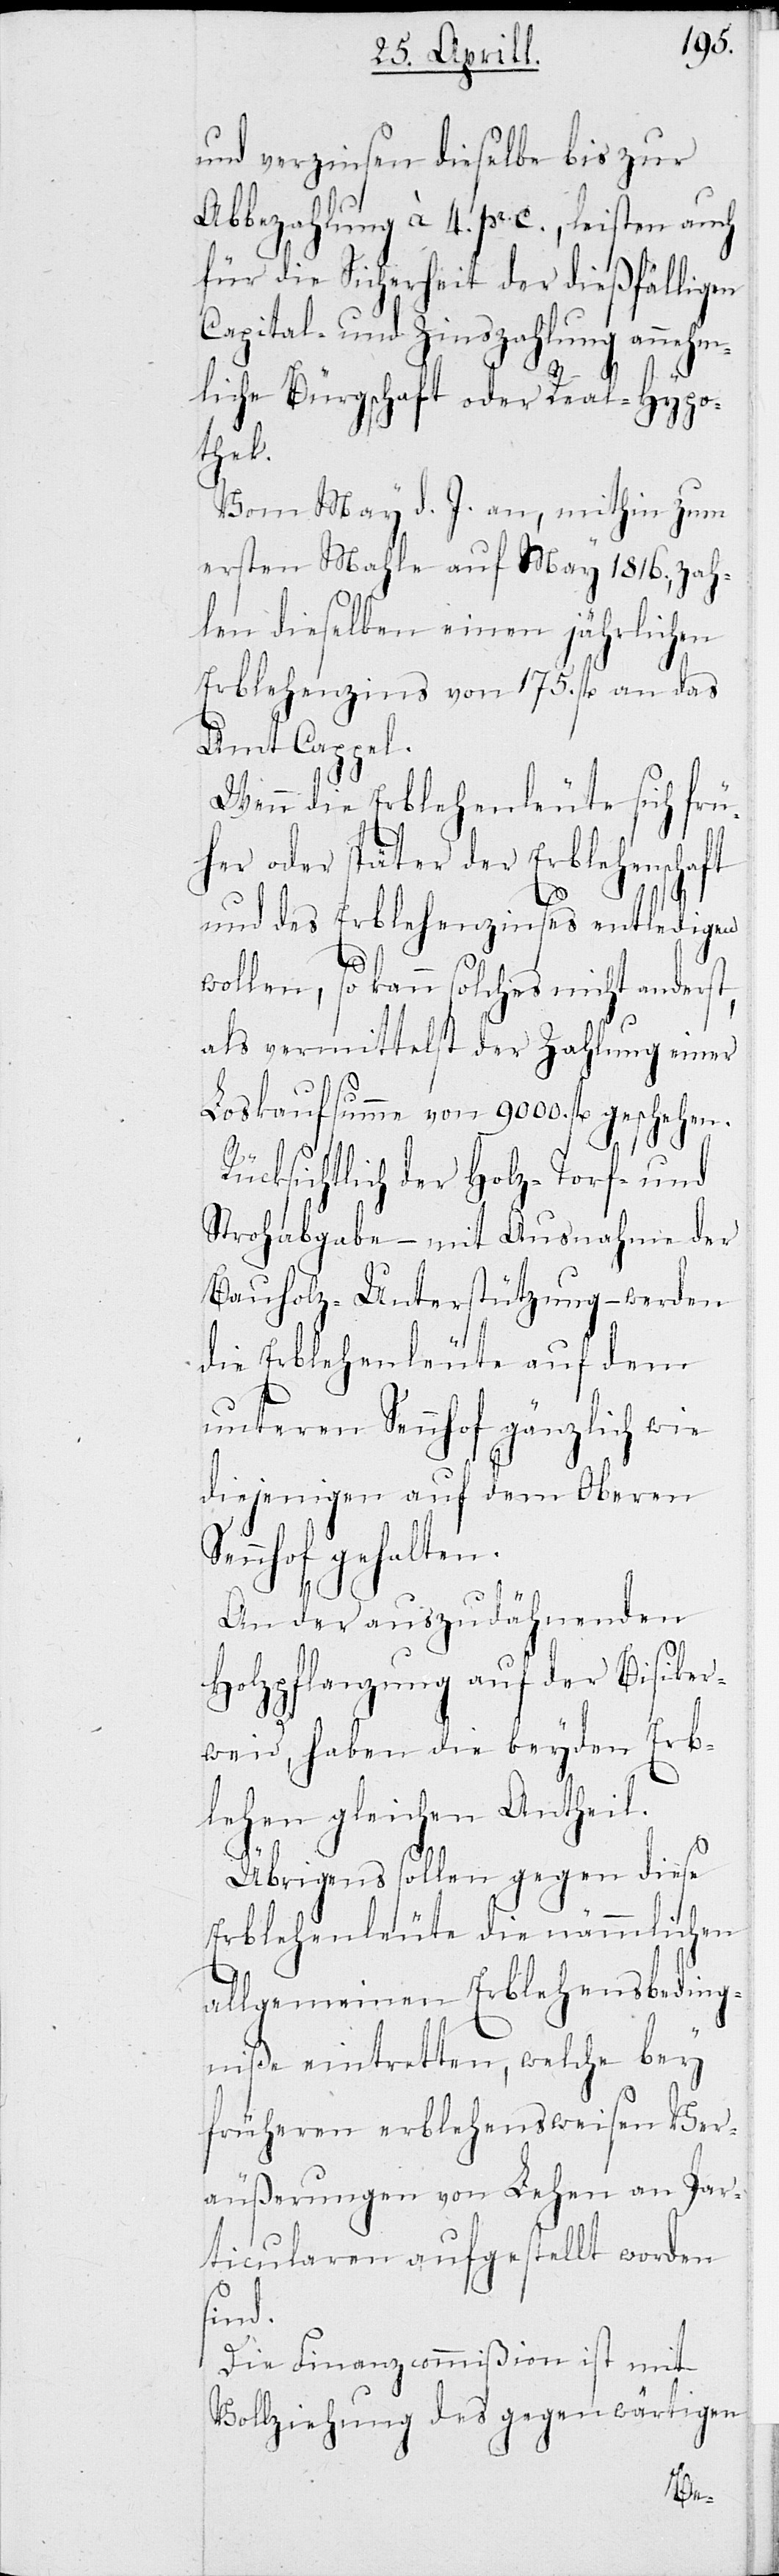
und verzinsen dieselbe bis zur
Abbezahlung à 4. pr. C., leisten auch
für die Sicherheit der dießfälligen
Capital- und Zinszahlung annehm¬
liche Bürgschaft oder Real-Hypo¬
thek.
Vom May d. J. an, mithin zum
ersten Mahle auf May 1816., zah¬
len dieselben einen jährlichen
Erblehenzins von 175. fl an das
Amt Cappel.
Wenn die Erblehenleute sich fr¬
her oder später der Erblehenschaft
und des Erblehenzinses entledigen
wollen, so kann solches nicht ander¬
als vermittelst der Zahlung einer
Loskaufsumme von 9000. fl geschehen.
Rücksichtlich der Holz-, Torf- und
Strohabgaben – mit Ausnahme der
Bauholz-Unterstützung – werden
die Erblehenleute auf dem
unteren Sennhof gänzlich wie
diejenigen auf dem O¬
ennhof gehalten.
An der auszudähnenden
Holzpflanzung auf der Bisik¬
weid haben die beyden Erb¬
lehen gleichen Antheil.
Übrigens sollen gegen diese
Erblehenleute die nämmlichen
beding¬
allgemeinen Erbleh¬
niße eintretten, welche bey
früheren erblehensweisen Ver¬
äußerungen von Lehen an Par¬
ticularen aufgestellt worden
sind.
Die Finanzcommißion ist mit
Vollziehung des gegenwärt¬

igen